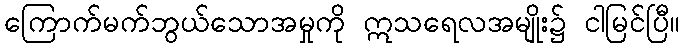
ကြောက်မက်ဘွယ်သောအမှုကို ဣသရေလအမျိုး၌ ငါမြင်ပြီ။